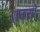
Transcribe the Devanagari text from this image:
यूएमसी